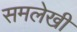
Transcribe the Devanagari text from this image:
समलेखी